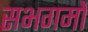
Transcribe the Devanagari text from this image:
सभगमों